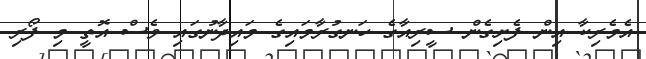
އެމެރިކާ އިން ފެށިގެން ސީރިއާގެ ހަނގުރާމައިގެ މައިދާނުގައި ވެސް އޮތީ މި ފޯރި